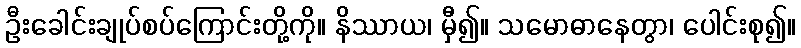
ဦးခေါင်းချုပ်စပ်ကြောင်းတို့ကို။ နိဿာယ၊ မှီ၍။ သမောဓာနေတွာ၊ ပေါင်းစု၍။